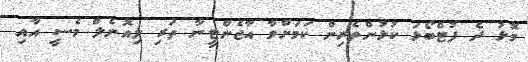
މޮޅު ދެ ފުޓްބޯޅަ ކުޅުންތެރިން ކަމަށްވާ އާޖެންޓީނާ ތަރި ލިއޮނެލް މެސީ އާއި